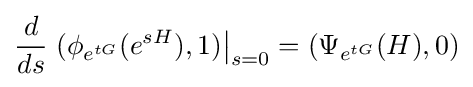
{\frac {d}{ds}}\left.(\phi _{e^{tG}}(e^{sH}),1)\right|_{s=0}=(\Psi _{e^{tG}}(H),0)